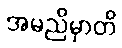
အမညိမှာတိ